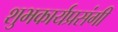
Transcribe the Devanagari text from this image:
शुभकार्यप्रसंगी